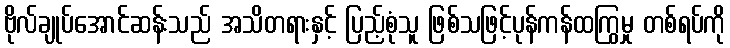
ဗိုလ်ချုပ်အောင်ဆန်းသည် အသိတရားနှင့် ပြည့်စုံသူ ဖြစ်သဖြင့်ပုန်ကန်ထကြွမှု တစ်ရပ်ကို